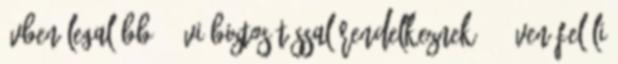
évben legalább 8 évi biztosítással rendelkeznek 60 éven felüli